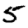
Digit: 5